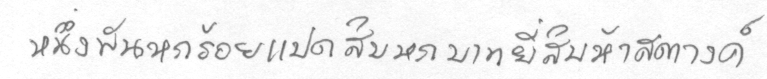
หนึ่งพันหกร้อยแปดสิบบหกบาทยี่สิบห้าสตางค์